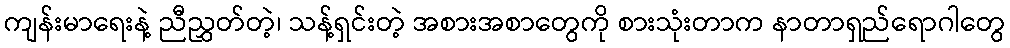
ကျန်းမာရေးနဲ့ ညီညွှတ်တဲ့၊ သန့်ရှင်းတဲ့ အစားအစာတွေကို စားသုံးတာက နာတာရှည်ရောဂါတွေ